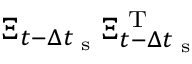
\Xi _ { t - \Delta t _ { \textrm { s } } } \Xi _ { t - \Delta t _ { \textrm { s } } } ^ { \textrm { T } }